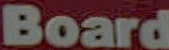
Board